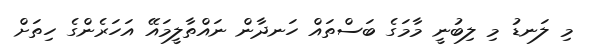
މި ލަނޑު މި ލިބުނީ މާމަގެ ބަސްތައް ހަނދާން ނައްތާލީމައޭ އަހަރެންގެ ހިތަށް